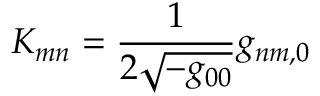
{ \cal K } _ { m n } = \frac { 1 } { 2 \sqrt { - g _ { 0 0 } } } g _ { n m , 0 }